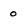
Character: 0